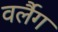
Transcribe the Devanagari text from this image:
वर्लैग